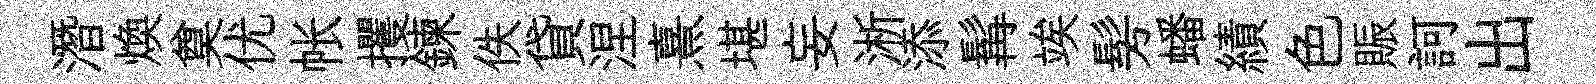
潛煥奠优帐攫鍊佚貸涅熹堪妄淅添髯竢髣蟠績色賑訶出